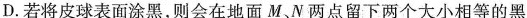
D.若将皮球表面涂黑，则会在地面M、N两点留下两个大小相等的黑